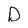
Character: D